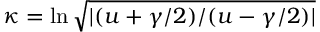
\kappa = \ln \sqrt { | ( u + \gamma / 2 ) / ( u - \gamma / 2 ) | }